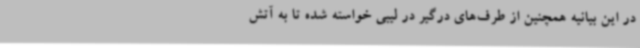
در این بیانیه همچنین از طرف‌های درگیر در لیبی خواسته شده تا به آتش